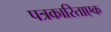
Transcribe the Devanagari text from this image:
पत्रकारिताएक